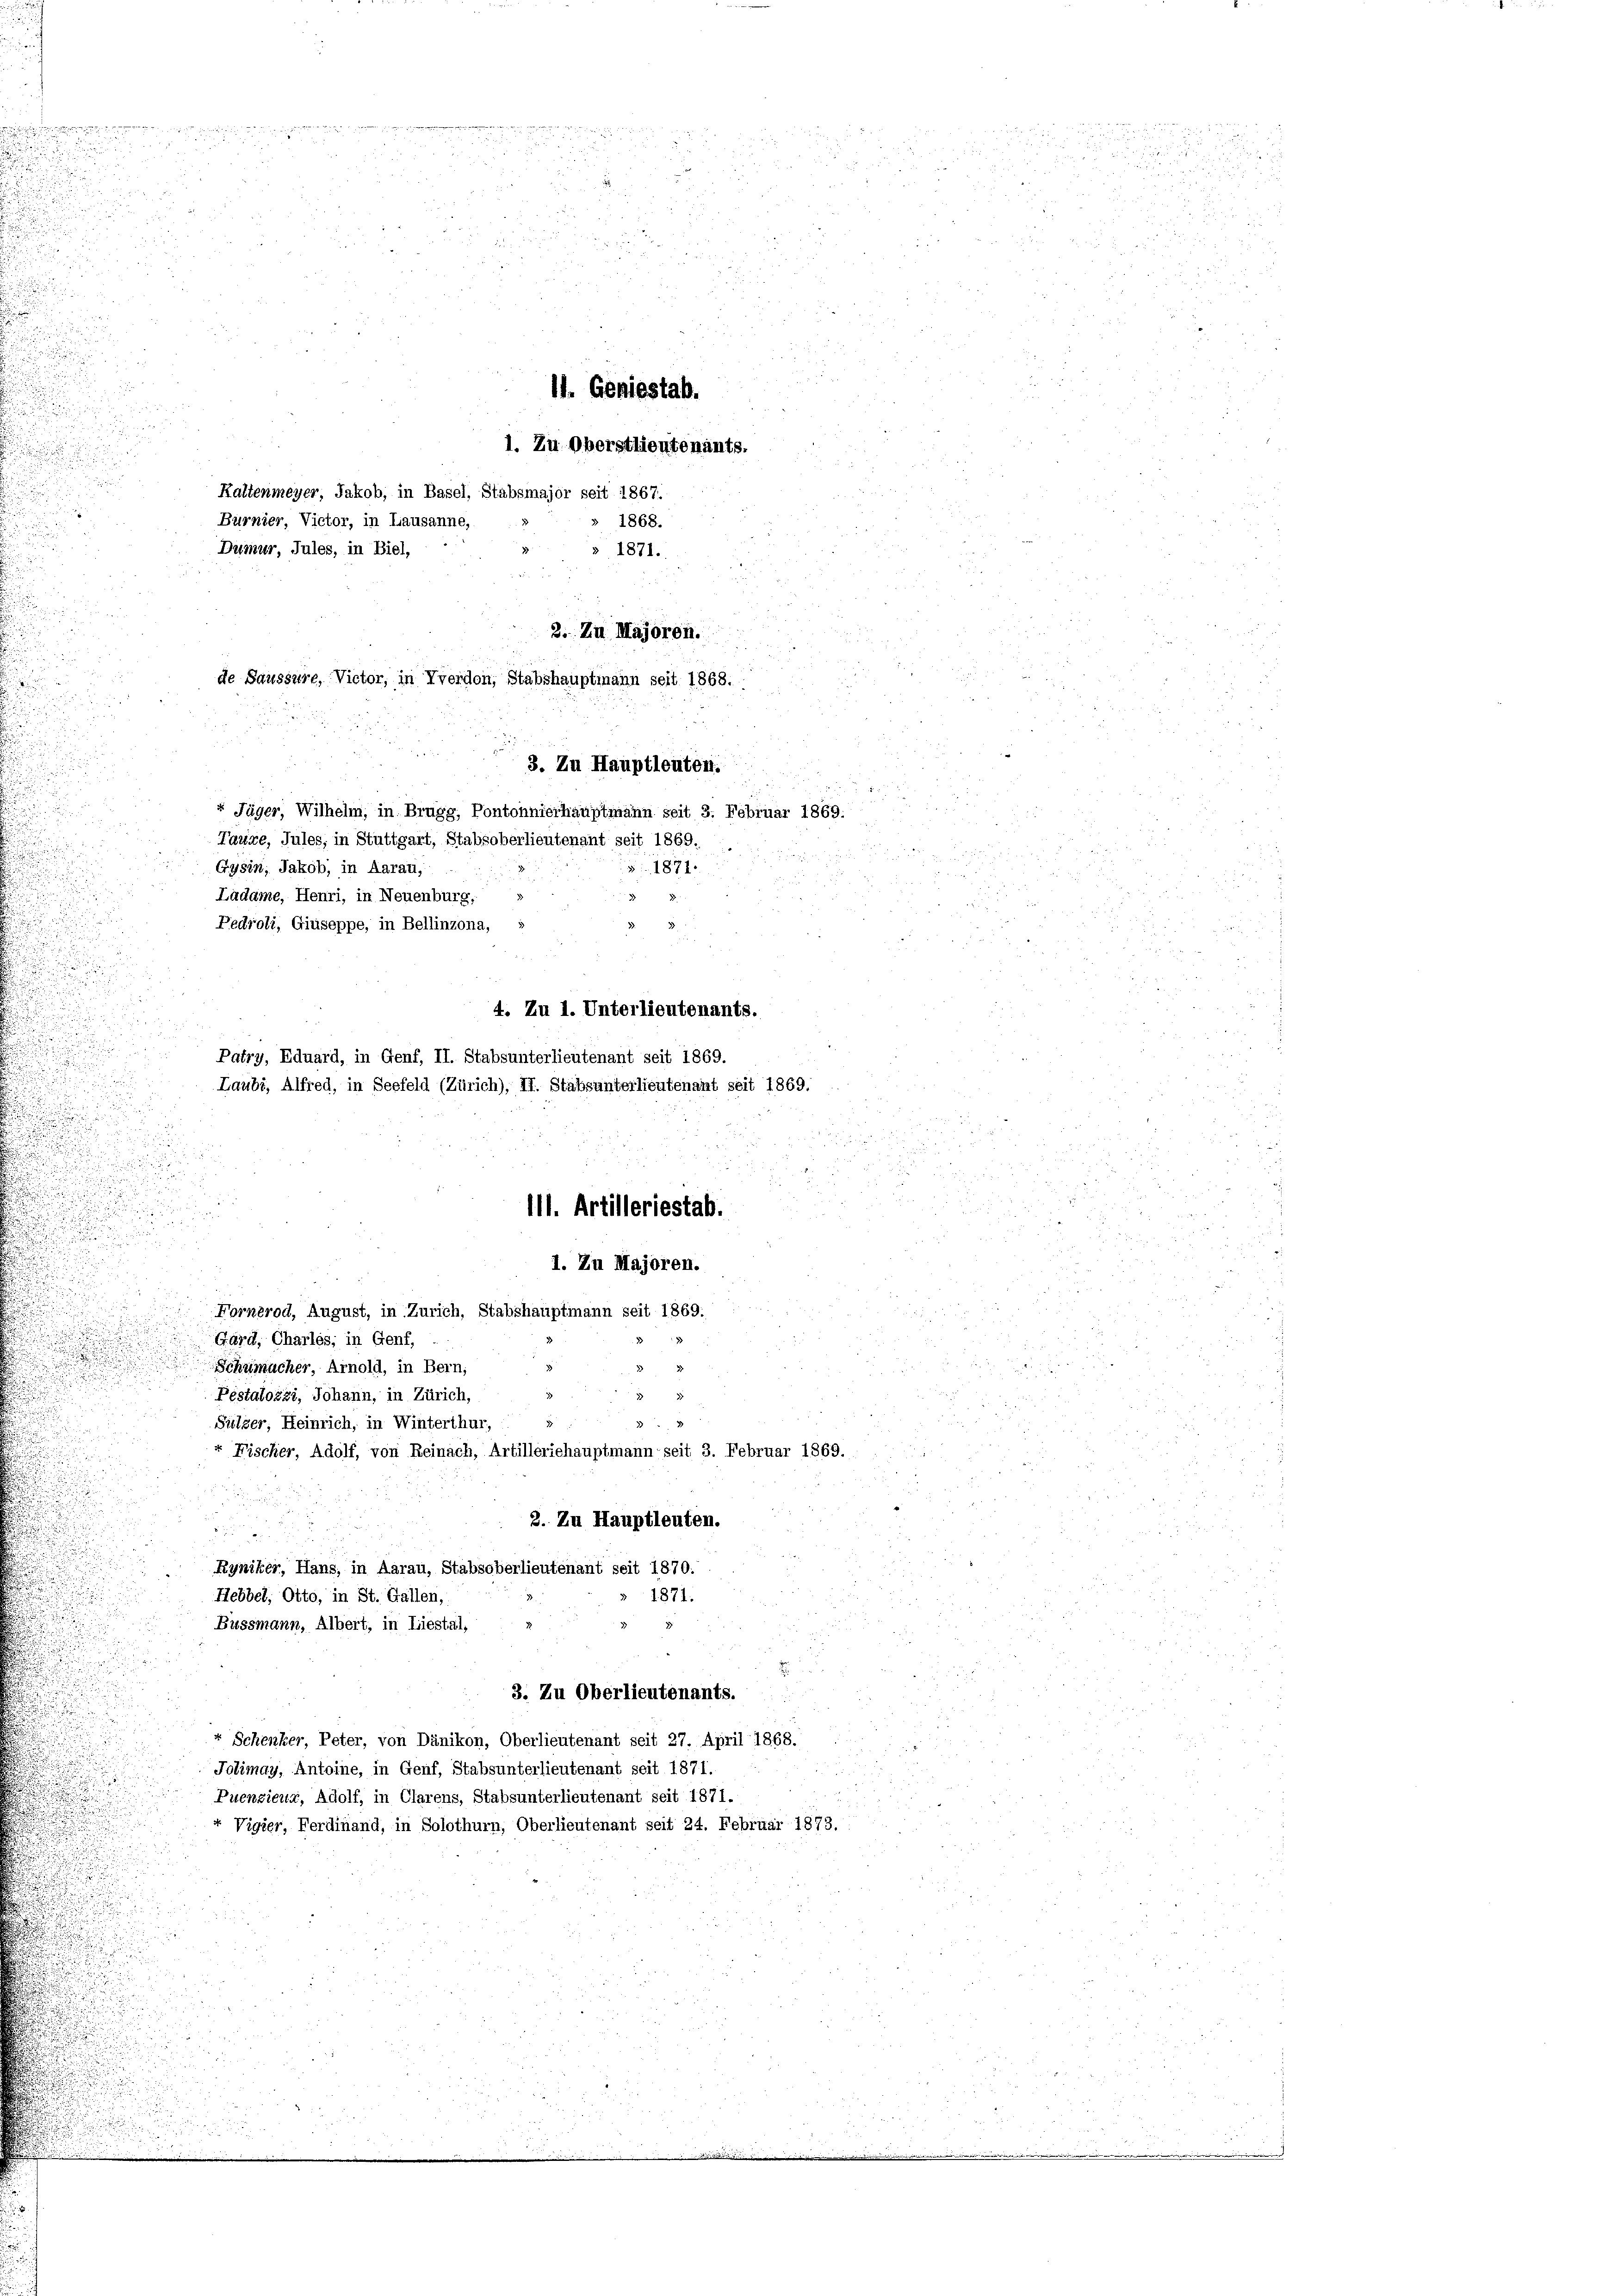
u

e
u
Ladame, Henri, in Neuenburg,
Pedroli, Giuseppe, in Bellinzona,
i
 xx
4. Zu 1. Unterlieutenants.
.
.
111. Artilleriestab.
u

.
.
1. Zu Majoren.
u
n
Fornerod, August, in Zürich, Stabshauptmann seit 1869.
.
Gard, Charlos; in Genf,
Schumacher, Arnold, in Bern,
Pestalozzi, Johann, in Zürich,
2
Sülzer, Heinrich, in Winterthur, u
Fischer, Adolf, von Reinach, Artilleriehauptmann seit 3. Februar 1869.
2. Zu Hauptleuten.
Ryniker, Hans, in Aarau, Stabsoberlieutenant seit 1870.
1871.
Hebbel, Otto, in St. Gallen,
Buessmann, Albert, in Liestal,

3. Zu Oberlieutenants.
 x
« Schenker, Peter, von Dänikon, Oberlieutenant seit 27. April 1868.
Jolimay, Antoine, in Genf, Stabsunterlieutenant seit 1871.
Puenzieur, Adolf, in Clarens, Stabsunterlieutenant seit 1871.
Vigier, Ferdinand, in Solothurn, Oberlieutenant seit 24. Februar 1873.

Burnier, Victor, in Lausanne,
Dumur, Jules, in Biel,

Kaltenmeyer, Jakob, in Basel, Stabsmajor seit 1867.
1868.
 1871.
2. Zu Majoren.
de Saussure, Victor, in Yverdon, Stabshauptmann seit 1868.
.
3. Zu Hauptleuten.
“ Jäger, Wilhelm, in Brugg, Pontonnierhauptmann seit 3. Februar 1869.
Taxire, Jules, in Stuttgart, Stabsoberlieutenant seit 1869.
Gysin, Jakob, in Aarau,
1871.

Patry, Eduard, in Genf, II. Stabsunterlieutenant seit 1869.
Laubi, Alfred, in Seefeld (Zürich), II. Stabsunterlieutenant seit 1869.

.
.

ü ei
§ 88
.

2
n

2
d
 2

u
i
11. Geniestab.
1. Zu Oberstlieutenants.